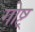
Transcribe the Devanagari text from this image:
गोष्ट्